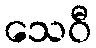
သေဝီ